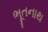
ભૂતનાથ